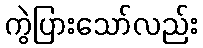
ကွဲပြားသော်လည်း